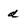
Character: d